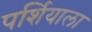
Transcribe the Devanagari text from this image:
पर्शियाला